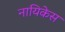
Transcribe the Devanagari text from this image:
नायिकेस